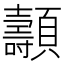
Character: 𩕯